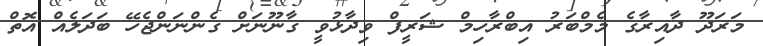
މަރަދޫ ދާއިރާގެ މެމްބަރު އިބްރާހިމް ޝަރީފް ވިދާޅުވީ ގާނޫނަށް ގެންނަންޖެހޭ ބަދަލެއް އޮތް